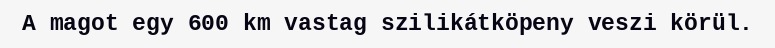
A magot egy 600 km vastag szilikátköpeny veszi körül.